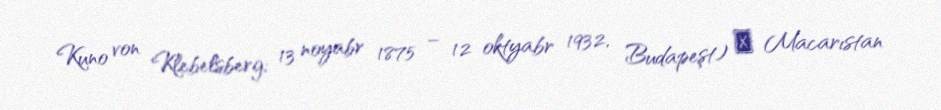
Kuno von Klebelsberg; 13 noyabr 1875 – 12 oktyabr 1932, Budapeşt) ― Macarıstan